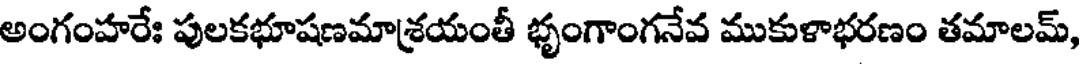
అంగంహరేః పులకభూషణమాశ్రయంతీ భృంగాంగనేవ ముకుళాభరణం తమాలమ్,